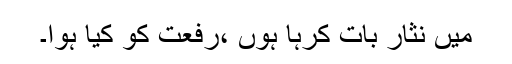
میں نثار بات کرہا ہوں ،رفعت کو کیا ہوا۔